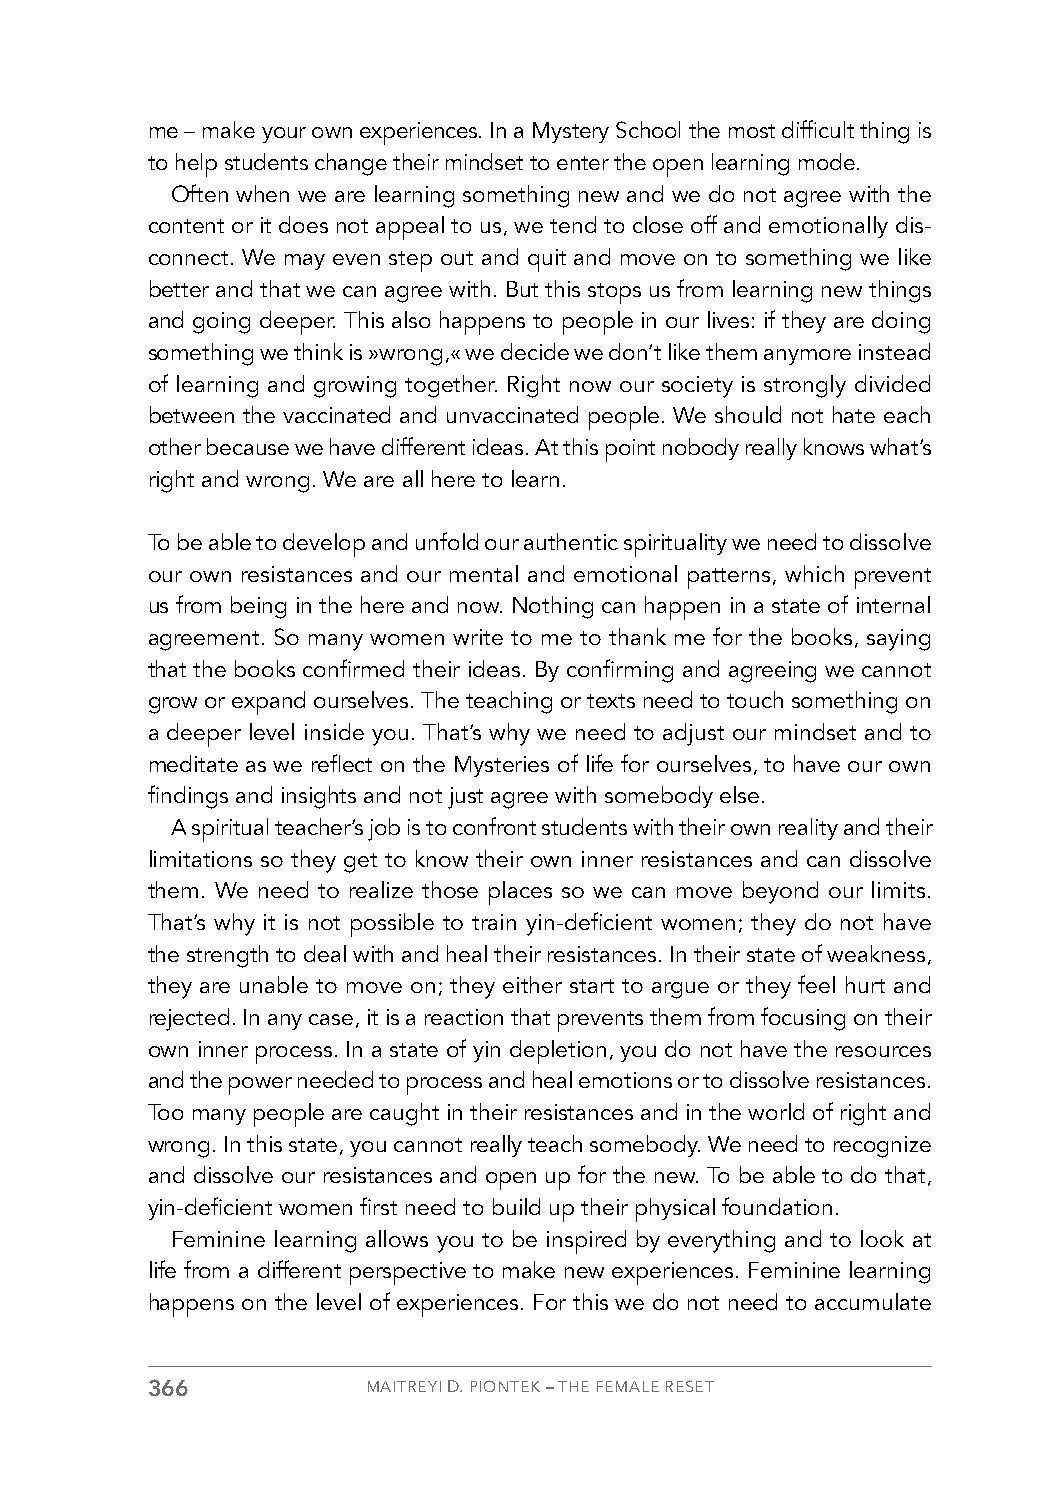
me – make your own experiences. In a Mystery School the most difficult thing is
 to help students change their mindset to enter the open learning mode.
 Often when we are learning something new and we do not agree with the
 content or it does not appeal to us, we tend to close off and emotionally dis-
 connect. We may even step out and quit and move on to something we like
 better and that we can agree with. But this stops us from learning new things
 and going deeper. This also happens to people in our lives: if they are doing
 something we think is »wrong,« we decide we don’t like them anymore instead
 of learning and growing together. Right now our society is strongly divided
 between the vaccinated and unvaccinated people. We should not hate each
 other because we have different ideas. At this point nobody really knows what’s
 right and wrong. We are all here to learn.
 To be able to develop and unfold our authentic spirituality we need to dissolve
 our own resistances and our mental and emotional patterns, which prevent
 us from being in the here and now. Nothing can happen in a state of internal
 agreement. So many women write to me to thank me for the books, saying
 that the books confirmed their ideas. By confirming and agreeing we cannot
 grow or expand ourselves. The teaching or texts need to touch something on
 a deeper level inside you. That’s why we need to adjust our mindset and to
 meditate as we reflect on the Mysteries of life for ourselves, to have our own
 findings and insights and not just agree with somebody else.
 A spiritual teacher’s job is to confront students with their own reality and their
 limitations so they get to know their own inner resistances and can dissolve
 them. We need to realize those places so we can move beyond our limits.
 That’s why it is not possible to train yin-deficient women; they do not have
 the strength to deal with and heal their resistances. In their state of weakness,
 they are unable to move on; they either start to argue or they feel hurt and
 rejected. In any case, it is a reaction that prevents them from focusing on their
 own inner process. In a state of yin depletion, you do not have the resources
 and the power needed to process and heal emotions or to dissolve resistances.
 Too many people are caught in their resistances and in the world of right and
 wrong. In this state, you cannot really teach somebody. We need to recognize
 and dissolve our resistances and open up for the new. To be able to do that,
 yin-deficient women first need to build up their physical foundation.
 Feminine learning allows you to be inspired by everything and to look at
 life from a different perspective to make new experiences. Feminine learning
 happens on the level of experiences. For this we do not need to accumulate
 366           MAITREYI D. PIONTEK – THE FEMALE RESET